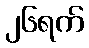
၂၆ရက်